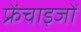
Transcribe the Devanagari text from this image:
फ्रेंचाइजों